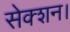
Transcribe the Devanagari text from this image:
सेक्शन।